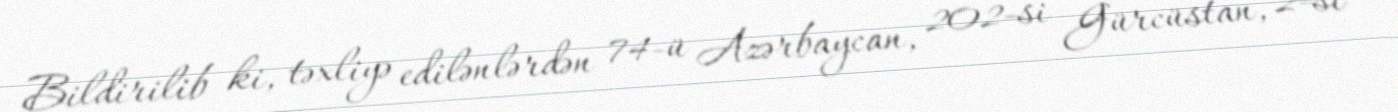
Bildirilib ki, təxliyə edilənlərdən 74-ü Azərbaycan, 202-si Gürcüstan, 2-si